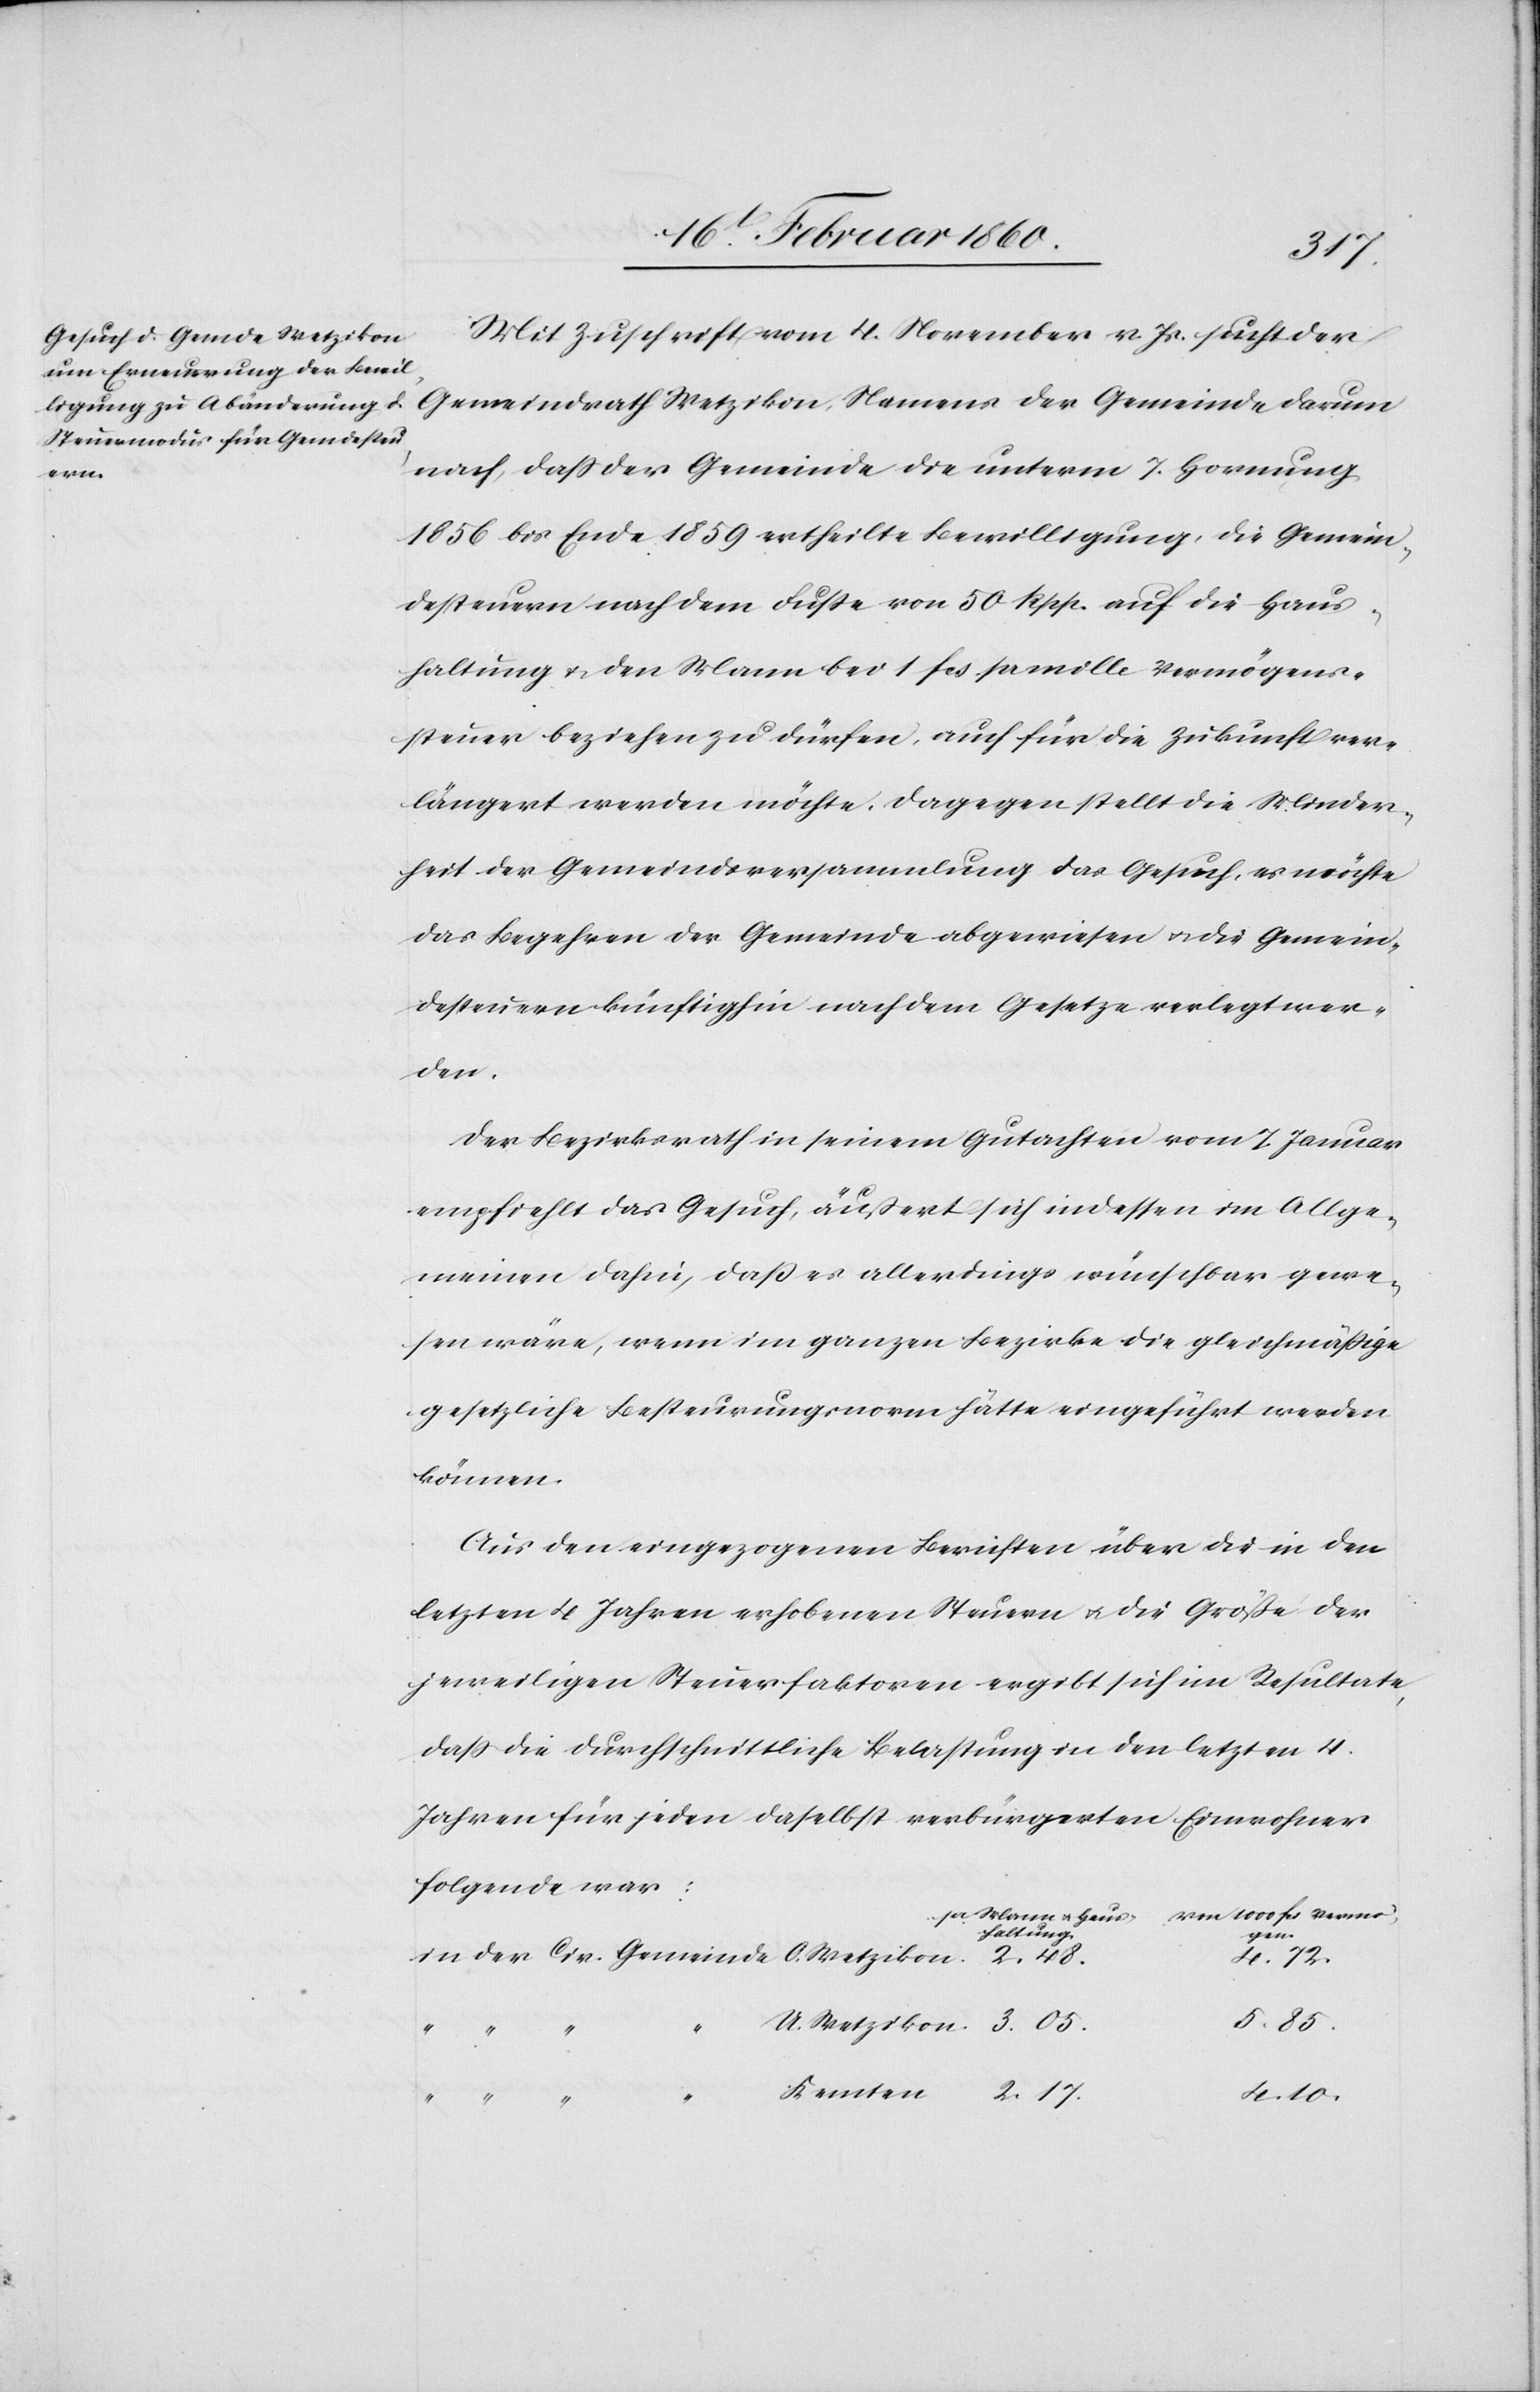
Mit Zuschrift vom 4. November v. Js. sucht der
Gemeindrath Wetzikon, Namens der Gemeinde darum
nach, dass der Gemeinde die unterm 7. Hornung
1856 bis Ende 1859 ertheilte Bewilligung, die Gemein¬
desteuern nach dem Fusse von 50 Rpp. auf die Haus¬
haltung u. den Mann bei 1 fcs. pr. mille Vermögens¬
steuer beziehen zu dürfen, auch für die Zukunft ver¬
längert werden möchte. Dagegen stellt die Minder¬
heit der Gemeindsversammlung das Gesuch, es möchte
das Begehren der Gemeinde abgewiesen u. die Gemein¬
dsteuern künftighin nach dem Gesetze verlegt wer¬
den.
Der Bezirksrath in seinem Gutachten vom 7. Januar
empfiehlt das Gesuch, äussert sich indessen im Allge¬
meinen dahin, dass es allerdings wünschbar gewe¬
sen wäre, wenn im ganzen Bezirke die gleichmäßige
gesetzliche Besteurungsnorm hätte eingeführt werden
können.
Aus den eingezogenen Berichten über die in den
letzten 4 Jahren erhobenen Steuern u. die Größe der
jeweiligen Steuerfaktoren ergibt sich im Resultate,
dass die Durchschnittliche Belastung in den letzten 4
Jahren für jeden daselbst verbürgerten Einwohner
folgende war:
pr. Mann
fcs.
Gemeinde
haltung.
2. 17
5. 85.
4. 10.
O.